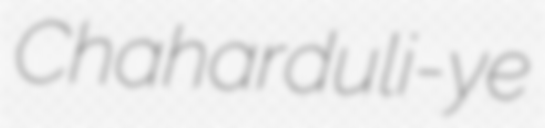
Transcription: Chaharduli-ye